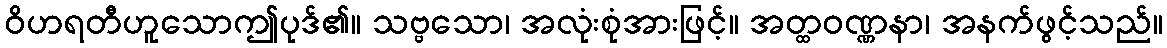
ဝိဟရတီဟူသောဤပုဒ်၏။ သဗ္ဗသော၊ အလုံးစုံအားဖြင့်။ အတ္ထဝဏ္ဏနာ၊ အနက်ဖွင့်သည်။